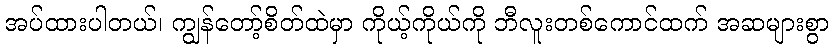
အပ်ထားပါတယ်၊ ကျွန်တော့်စိတ်ထဲမှာ ကိုယ့်ကိုယ်ကို ဘီလူးတစ်ကောင်ထက် အဆများစွာ